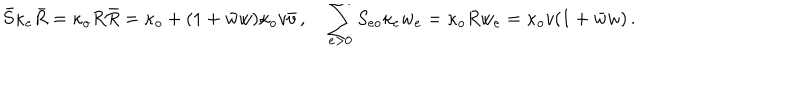
\bar { S } \kappa _ { e } \bar { R } = \kappa _ { o } R \bar { R } = \kappa _ { o } + ( 1 + \bar { w } w ) \kappa _ { o } v \bar { v } \, , \quad \sum _ { e > 0 } S _ { e o } \kappa _ { e } w _ { e } = \kappa _ { o } R w _ { e } = \kappa _ { o } v ( 1 + \bar { w } w ) \, .